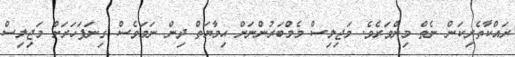
ރައްކާތެރިކަން ނެތް މިންވަރެވެ. މަޖިލިސް މެމްބަރުންނަށް ޙިމާޔަތް ދިން ނަމަވެސް ގިނަފަހަރަށް މަޖިލިސް